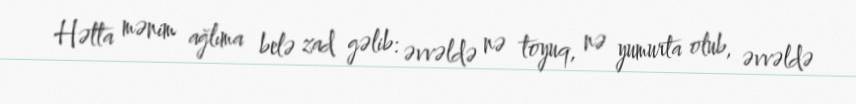
Hətta mənim ağlıma belə zad gəlib: əvvəldə nə toyuq, nə yumurta olub, əvvəldə